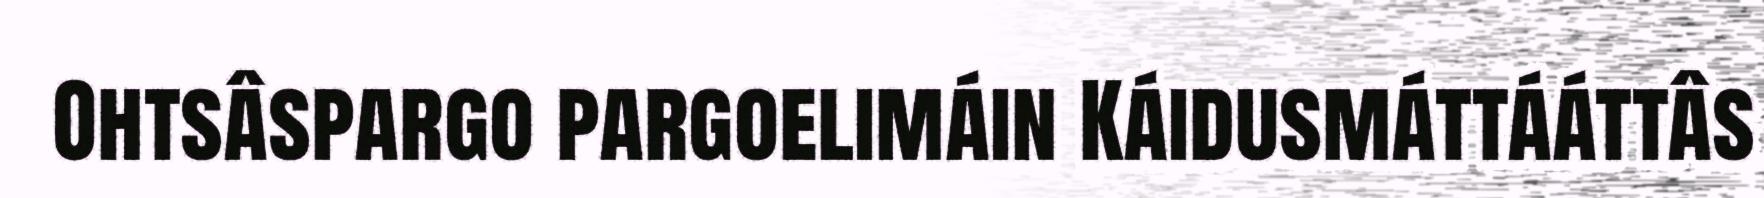
Ohtsâspargo pargoelimáin Káidusmáttááttâs